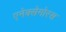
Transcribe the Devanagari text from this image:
एनेक्सेगोरस